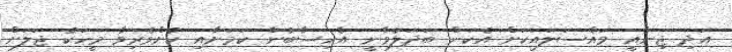
އަދި ޖިނާއީ މައްސަލައަކަށް އެކަން ބަދަލުވާނީ އެހިސާބުން ކަމަށާއި ކުށްވެރިވާ މީހަކު ޖަލަށް